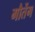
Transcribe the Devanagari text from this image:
गौतेंग